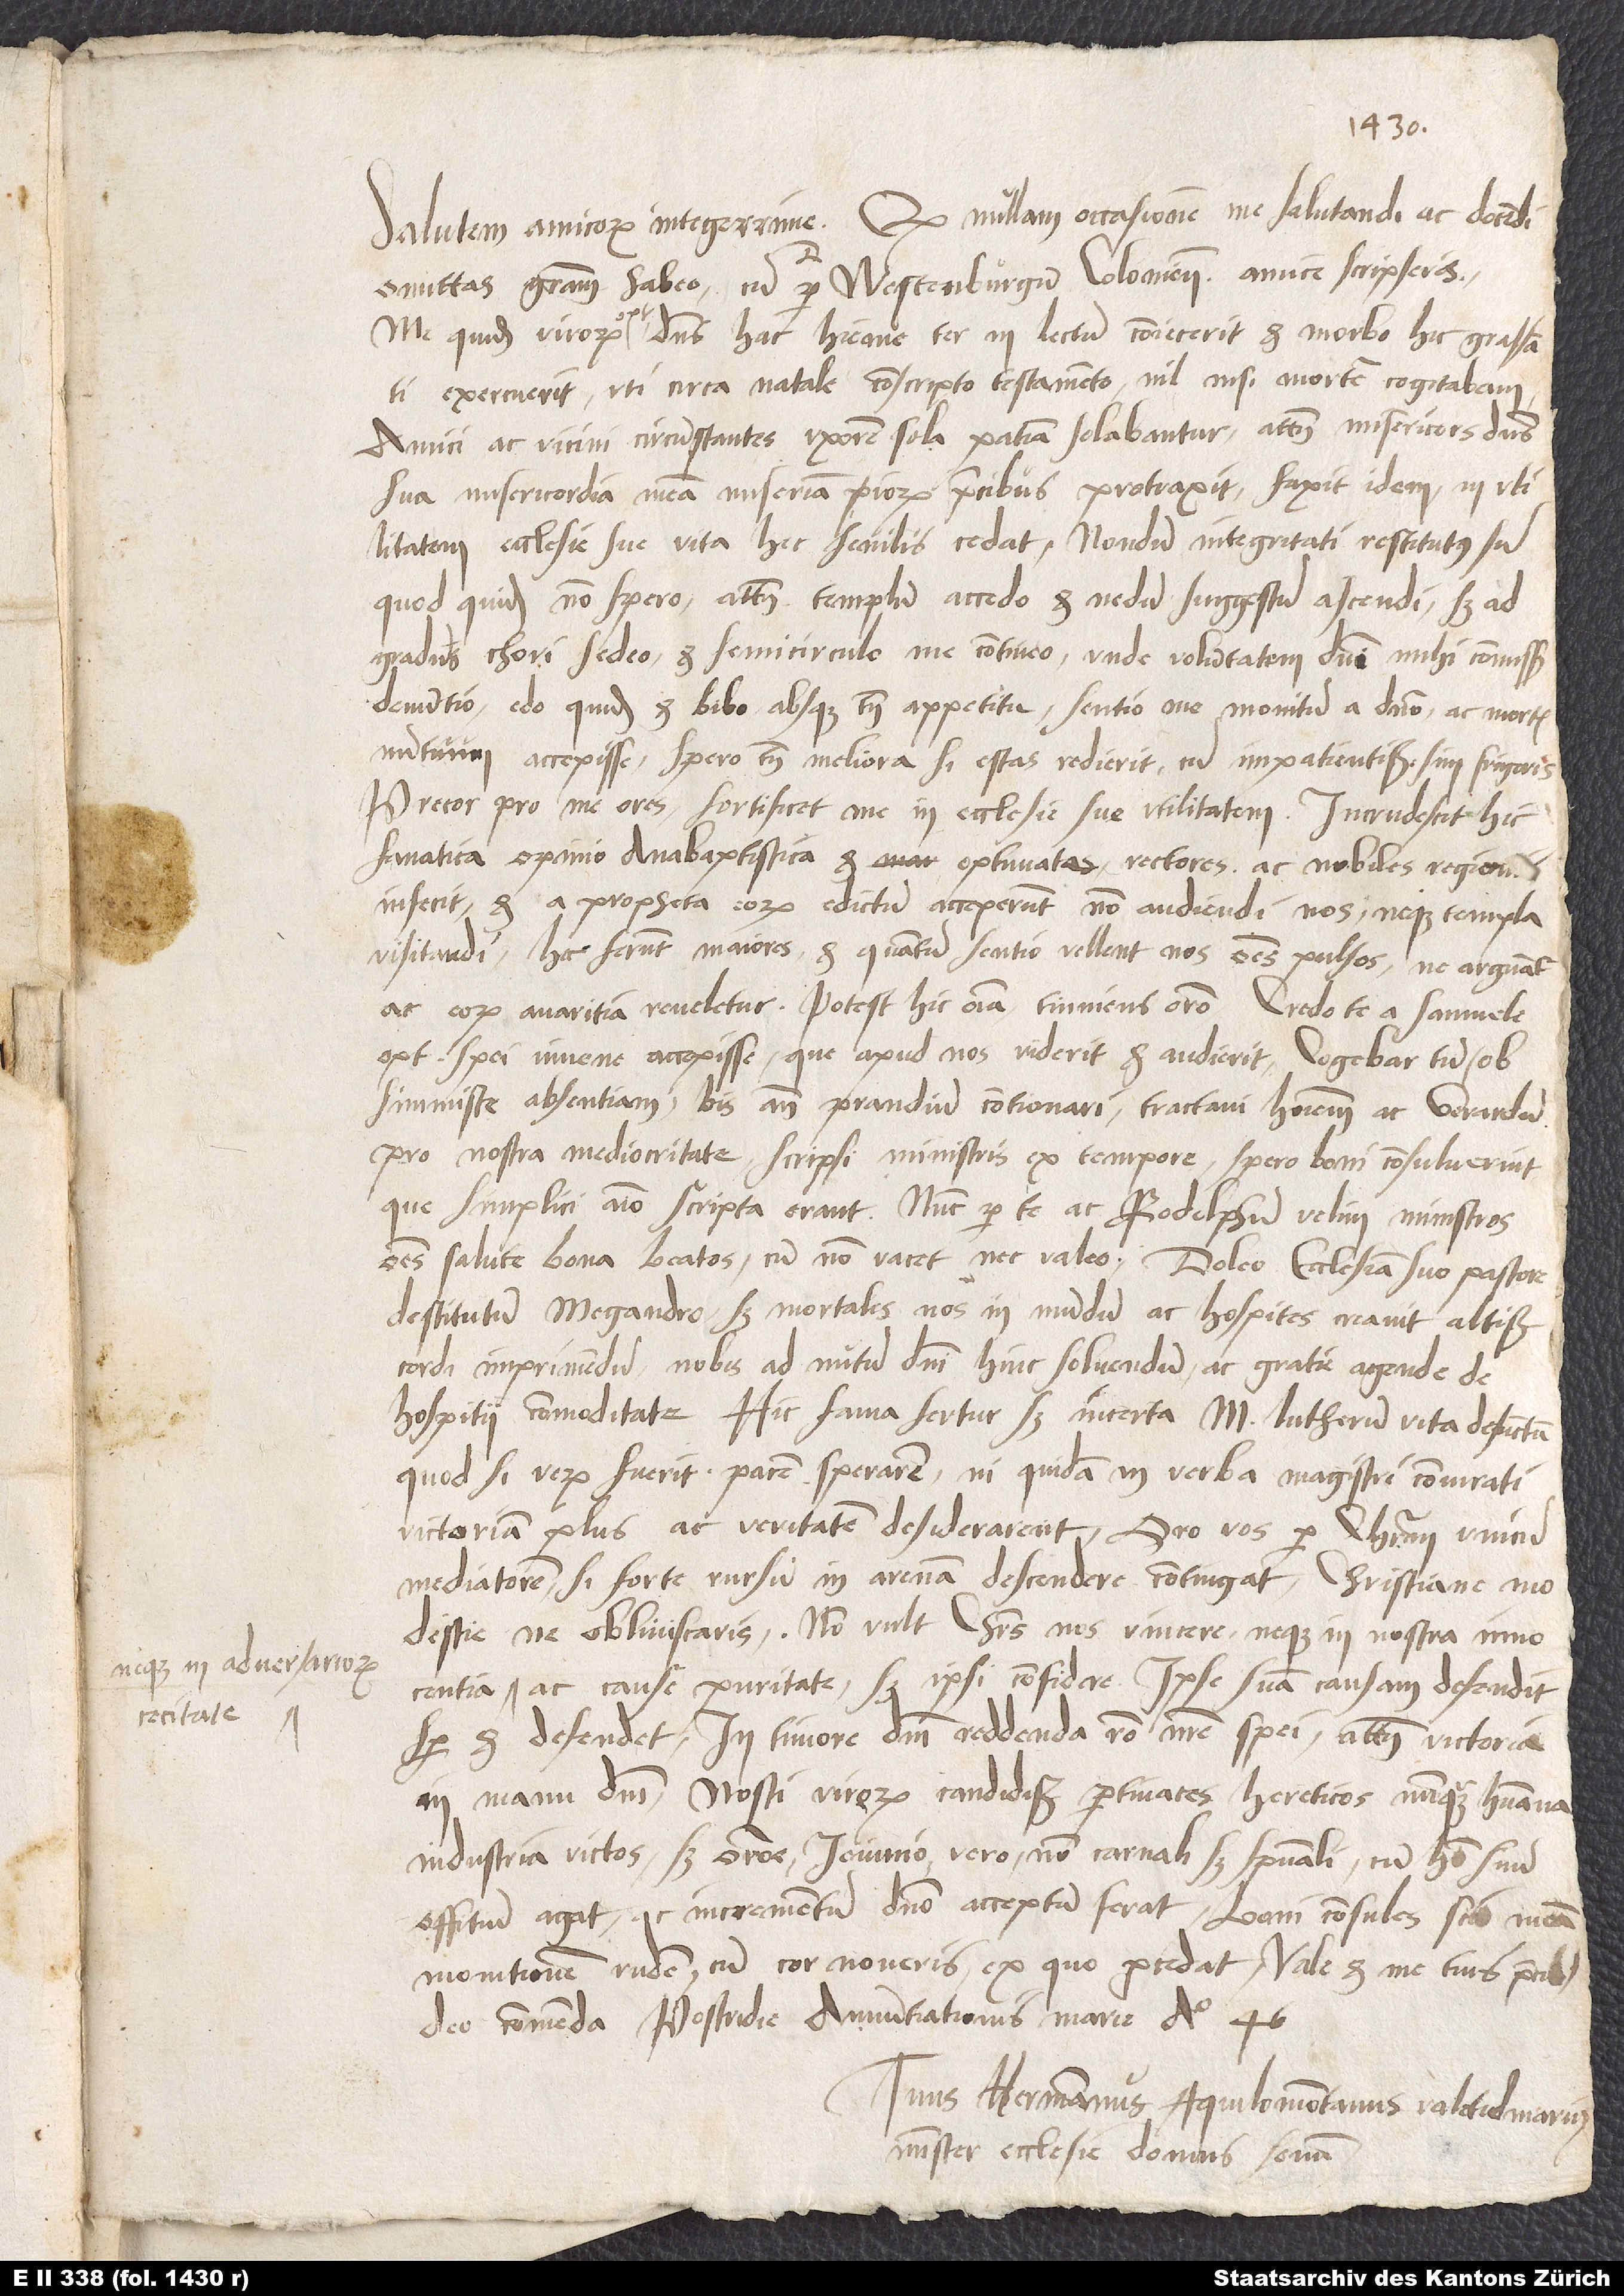
neque in adversariorum
cecitate,

Salutem, amicorum integerrime. Quod nullam occasionem me salutandi ac docendi
omittas, gratiam habeo, cum per Westenburgum Coloniensem amice scripseris.
Me quidem, virorum optime, dominus hac hieme ter in lectum coniecerit et morbo hic grassanti
exercuerit, uti circa natale conscripto testamento nil nisi mortem cogitabam.
Amici ac vicini circumstantes uxorem sola patientia solabantur. Attamen misericors dominus
sua misericordia meam miseriam piorum precibus protraxit. Faxit idem, in utilitatem
ecclesie sue vita hec senilis cedat. Nondum integritati restitutus sum,
quod quidem non spero. Attamen templum accedo et nedum suggestum ascendi, sed ad
gradus chori sedeo et semicirculo me contineo, unde voluntatem domini mihi commissam
denuntio. Edo quidem et bibo, absque tamen appetitu. Sentio me monitum a domino ac mortis
nuntium accepisse. Spero tamen meliora, si estas redierit, cum impatientissimus sim frigoris.
Precor, pro me ores, fortificet me in ecclesie sue utilitatem. Incrudescit hic
fanatica opinio anabaptistica et optimates, rectores ac nobiles regionis,
infecit, et a propheta eorum edictum acceperunt non audiendi nos neque templa
visitandi. Hoc ferunt maiores et, quantum sentio, vellent nos omnes pulsos, ne arguantur
ac eorum avaritia reveletur. Potest hic omnia tinniens oratio. Credo te a Samuele,
optime spei iuvene, accepisse, que apud nos viderit et audierit. Cogebar tum ob
simmiste absentiam bis ante prandium contionari. Tractavi hominem ac Gerardum
pro nostra mediocritate. Scripsi ministris ex tempore. Spero, boni consuluerint,
que simplici animo scripta erant. Nunc per te ac Rodolphum velim ministros
omnes salute bona beatos, cum non vacet nec valeo. Doleo ecclesiam suo pastore
destitutam Megandro; sed mortales nos in mundum ac hospites creavit altissimus.
Cordi imprimendum, nobis ad nutum domini hinc solvendum, ac gratie agende de
hospitii commoditate. Hic fama fertur, sed incerta, m. Lutherum vita defunctum.
Quod si verum fuerit, pacem sperarem, ni quidam in verba magistri coniurati
victoriam plus ac veritatem desiderarent. Oro vos per Christum, unicum
mediatorem, si forte rursum in arenam descendere contingat, christiane modestie
ne obliviscaris. Non vult Christus nos vincere neque in nostra innocentia
semper et defendet. In timore domini reddenda ratio nostre spei; attamen victoria
in manu domini. Nosti, virorum candidissime, pertinaces hereticos nunquam humana
industria victos, sed oratione, ieiunio vero non carnali sed spirituali, cum homo suum
offitium agat ac incrementum domino acceptum ferat. Boni consules, scio, meum
monitionem rudem, cum cor noveris, ex quo procedat. Vale et me tuis precibus
deo commenda. Postridie annuntiationis Marie anno 46.
Tuus Hermannus Aquilomontanus valetudinarius,
minister ecclesie Domus Senum.